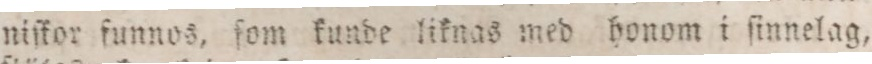
niſkor funnos, ſom kunde liknas med honom i ſinnelag,